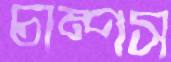
চাম্পস